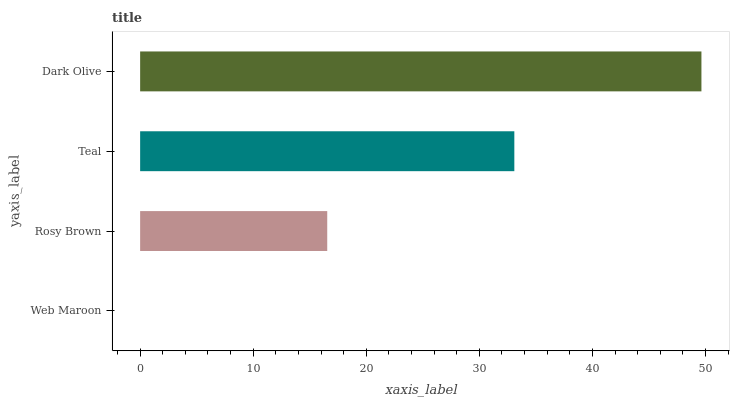
| yaxis_label | bars |
 | --- | --- |
 | Web Maroon | 0 |
 | Rosy Brown | 16.5 |
 | Teal | 33.1 |
 | Dark Olive | 49.6 |